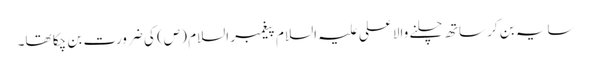
سایہ بن کر ساتھ چلنے والا علی علیہ السلام پیغمبر السلام (ص) کی ضرورت بن چکا تھا۔